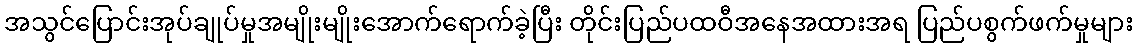
အသွင်ပြောင်းအုပ်ချုပ်မှုအမျိုးမျိုးအောက်ရောက်ခဲ့ပြီး တိုင်းပြည်ပထဝီအနေအထားအရ ပြည်ပစွက်ဖက်မှုများ